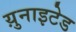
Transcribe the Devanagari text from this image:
य़ुनाइटेड